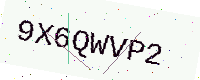
Text: 9X6QWVP2